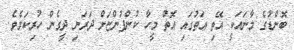
ބޮންޑުގެ މާނައަކީ އޭތި އަތުގައި އޮތް މީހާ ކުންފުންޏަށް ދަރަނި ދީގެން ހުރިކަމެވެ.